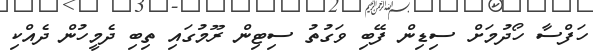
ހަފްސާ ހޯދުމަށް ސިޑިން ފޭބި ވަގުތު ސިޓިން ރޫމުގައި ތިބި ދެމީހުން ދެއްކި